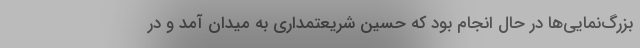
بزرگ‌نمایی‌ها در حال انجام بود که حسین شریعتمداری به میدان آمد و در